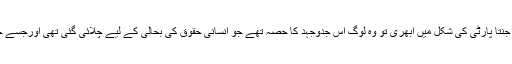
جب جن سنگھ مسز اندرا گاندھی کی مطلق العنان حکمرانی کے خلاف جنتا پارٹی کی شکل میں ابھری تو وہ لوگ اس جدوجہد کا حصہ تھے جو انسانی حقوق کی بحالی کے لیے چلائی گئی تھی اورجسے حکمران کانگریس پارٹی بیدردی سے کچلنے کی کوشش کر رہی تھی۔